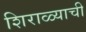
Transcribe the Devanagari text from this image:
शिराळ्याची